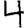
Digit: 4